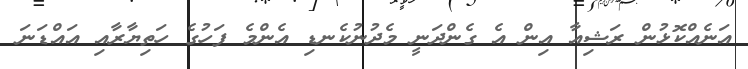
އަނެއްކޮޅުން ރަޝިއާ އިން އެ ގެންދަނީ މެދުނުކެނޑި އެންމެ ފަހުގެ ހަތިޔާރާއި އައްޑަނަ